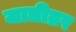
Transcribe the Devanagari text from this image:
जातीव्रर